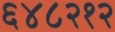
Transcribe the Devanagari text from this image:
६४८२१२